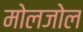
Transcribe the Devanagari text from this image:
मोलजोल